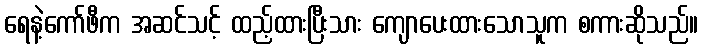
ရေနဲ့ကော်ဖီက အဆင်သင့် ထည့်ထားပြီးသား ကျောပေးထားသောသူက စကားဆိုသည်။